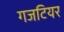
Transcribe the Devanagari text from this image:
गजटियर